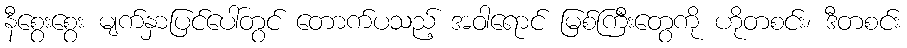
နီစွေးစွေး မျက်နှာပြင်ပေါ်တွင် တောက်ပသည့် အဝါရောင် မြစ်ကြီးတွေကို ဟိုတစင်း၊ ဒီတစင်း